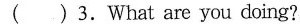
( ) 3.What are you doing?